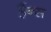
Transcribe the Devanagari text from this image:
हैंन्स